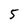
Character: 5